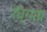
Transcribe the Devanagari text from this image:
रंध्रमय